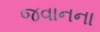
જવાનના